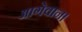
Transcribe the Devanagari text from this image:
आगेवान।